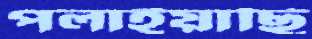
পলাইয়াছি